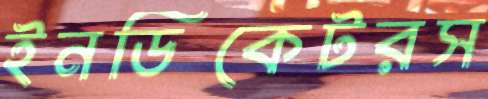
ইনডিকেটরস